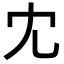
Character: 冘